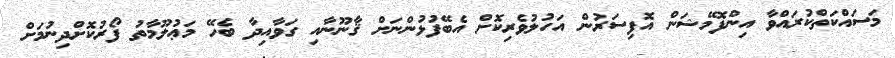
މަސައްކަތްކުރައްވާ އިންފޮމޭޝަން އޮފިސަރުން އަހުލުވެރިކޮށް އެބޭފުޅުންނަށް ޤާނޫނާއި ގަވާއިދާ ބެހޭ މަޢުލޫމާތު ފޯރުކޮށްދިނުމަށް